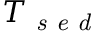
T _ { \textit { s e d } }